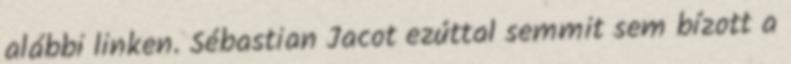
alábbi linken. Sébastian Jacot ezúttal semmit sem bízott a